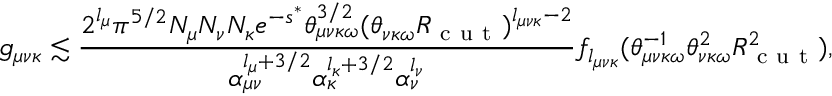
g _ { \mu \nu \kappa } \lesssim \frac { 2 ^ { l _ { \mu } } \pi ^ { 5 / 2 } N _ { \mu } N _ { \nu } N _ { \kappa } e ^ { - s ^ { * } } \theta _ { \mu \nu \kappa \omega } ^ { 3 / 2 } ( \theta _ { \nu \kappa \omega } R _ { \mathrm { ~ c ~ u ~ t ~ } } ) ^ { l _ { \mu \nu \kappa } - 2 } } { \alpha _ { \mu \nu } ^ { l _ { \mu } + 3 / 2 } \alpha _ { \kappa } ^ { l _ { \kappa } + 3 / 2 } \alpha _ { \nu } ^ { l _ { \nu } } } f _ { l _ { \mu \nu \kappa } } ( \theta _ { \mu \nu \kappa \omega } ^ { - 1 } \theta _ { \nu \kappa \omega } ^ { 2 } R _ { \mathrm { ~ c ~ u ~ t ~ } } ^ { 2 } ) ,